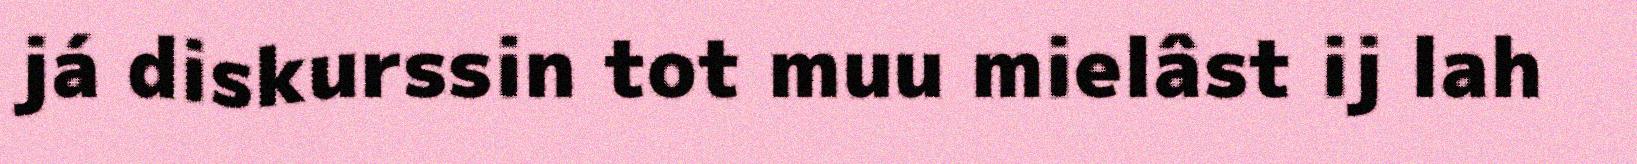
já diskurssin tot muu mielâst ij lah